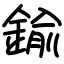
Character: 鍮